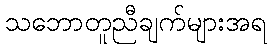
သဘောတူညီချက်များအရ